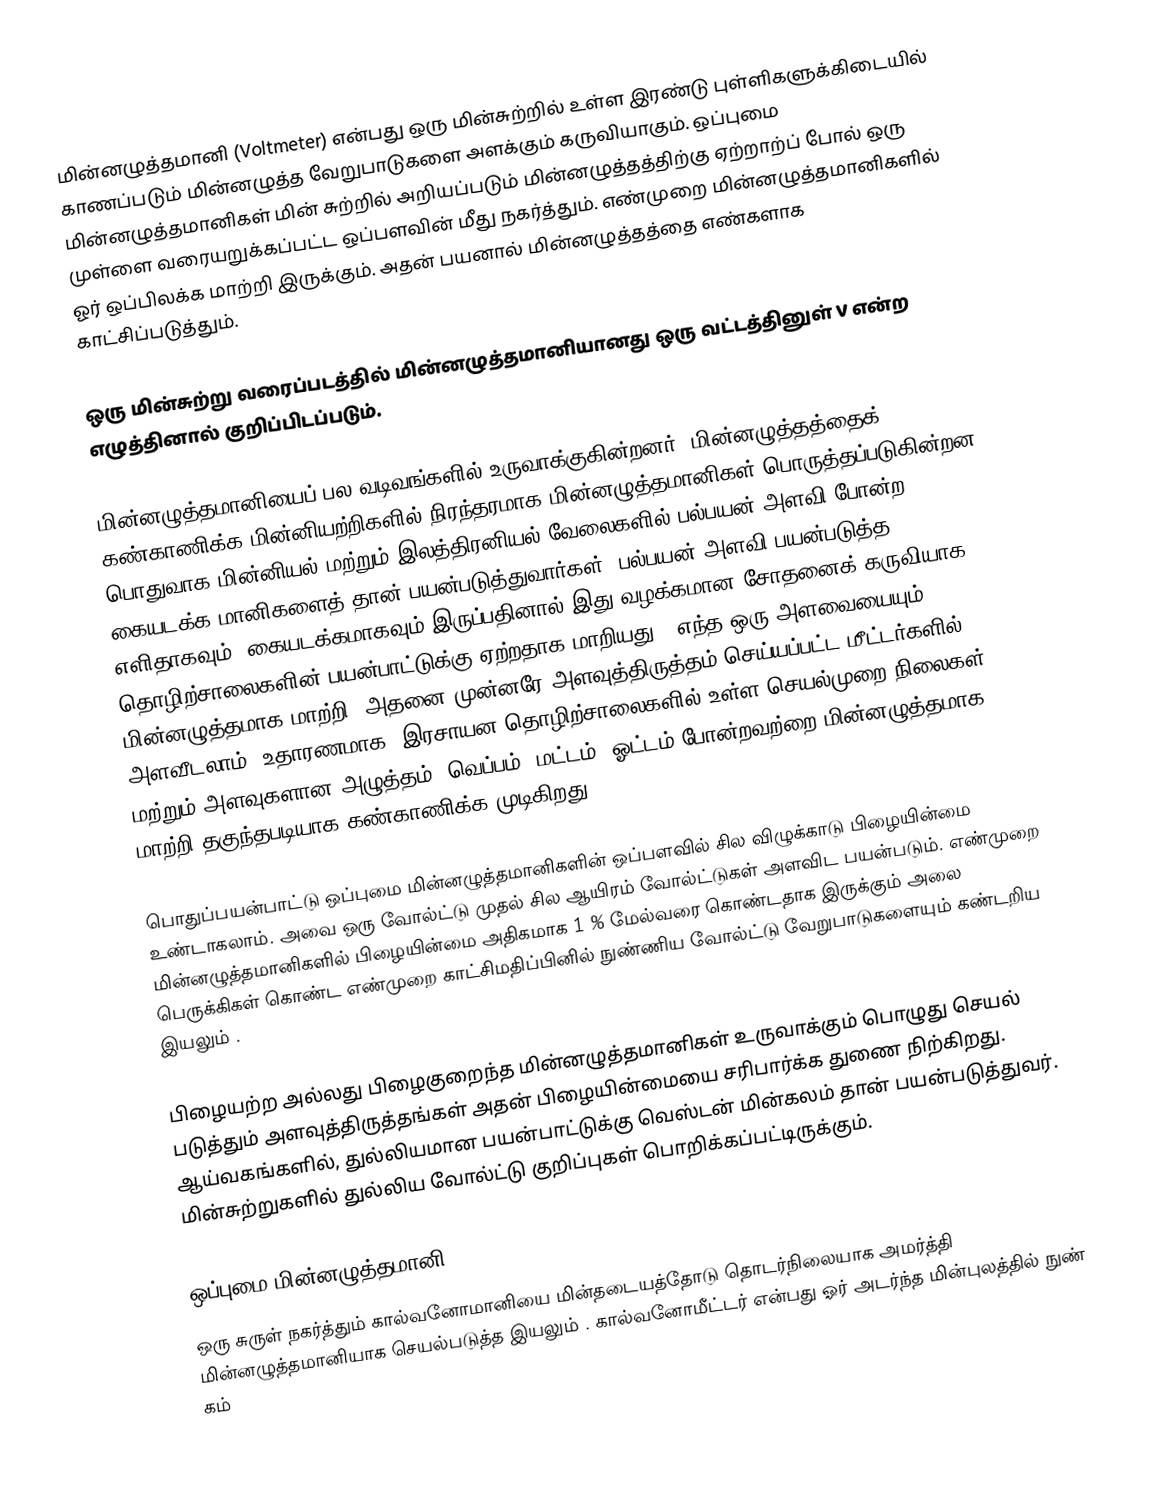
மின்னழுத்தமானி (Voltmeter) என்பது ஒரு மின்சுற்றில் உள்ள இரண்டு புள்ளிகளுக்கிடையில் காணப்படும் மின்னழுத்த வேறுபாடுகளை அளக்கும் கருவியாகும். ஒப்புமை மின்னழுத்தமானிகள் மின் சுற்றில் அறியப்படும் மின்னழுத்தத்திற்கு ஏற்றாற்ப் போல் ஒரு முள்ளை வரையறுக்கப்பட்ட ஒப்பளவின் மீது நகர்த்தும். எண்முறை மின்னழுத்தமானிகளில் ஓர் ஒப்பிலக்க மாற்றி இருக்கும். அதன் பயனால் மின்னழுத்தத்தை எண்களாக காட்சிப்படுத்தும்.

ஒரு மின்சுற்று வரைப்படத்தில் மின்னழுத்தமானியானது ஒரு வட்டத்தினுள் V என்ற எழுத்தினால் குறிப்பிடப்படும்.

மின்னழுத்தமானியைப் பல வடிவங்களில் உருவாக்குகின்றனர். மின்னழுத்தத்தைக் கண்காணிக்க மின்னியற்றிகளில் நிரந்தரமாக மின்னழுத்தமானிகள் பொருத்தப்படுகின்றன. பொதுவாக மின்னியல் மற்றும் இலத்திரனியல் வேலைகளில் பல்பயன் அளவி போன்ற கையடக்க மானிகளைத் தான் பயன்படுத்துவார்கள். பல்பயன் அளவி பயன்படுத்த எளிதாகவும், கையடக்கமாகவும் இருப்பதினால் இது வழக்கமான சோதனைக் கருவியாக தொழிற்சாலைகளின் பயன்பாட்டுக்கு ஏற்றதாக மாறியது . எந்த ஒரு அளவையையும் மின்னழுத்தமாக மாற்றி, அதனை முன்னரே அளவுத்திருத்தம் செய்யப்பட்ட மீட்டர்களில் அளவீடலாம், உதாரணமாக, இரசாயன தொழிற்சாலைகளில் உள்ள செயல்முறை நிலைகள் மற்றும் அளவுகளான அழுத்தம், வெப்பம், மட்டம், ஓட்டம்  போன்றவற்றை மின்னழுத்தமாக மாற்றி தகுந்தபடியாக கண்காணிக்க முடிகிறது.

பொதுப்பயன்பாட்டு ஒப்புமை மின்னழுத்தமானிகளின் ஒப்பளவில் சில விழுக்காடு பிழையின்மை உண்டாகலாம். அவை ஒரு வோல்ட்டு முதல் சில ஆயிரம் வோல்ட்டுகள் அளவிட பயன்படும். எண்முறை மின்னழுத்தமானிகளில் பிழையின்மை அதிகமாக 1 % மேல்வரை கொண்டதாக இருக்கும் அலை பெருக்கிகள் கொண்ட எண்முறை காட்சிமதிப்பினில் நுண்ணிய வோல்ட்டு வேறுபாடுகளையும் கண்டறிய இயலும் .

பிழையற்ற அல்லது பிழைகுறைந்த மின்னழுத்தமானிகள் உருவாக்கும் பொழுது செயல் படுத்தும் அளவுத்திருத்தங்கள் அதன் பிழையின்மையை சரிபார்க்க துணை நிற்கிறது. ஆய்வகங்களில், துல்லியமான பயன்பாட்டுக்கு வெஸ்டன் மின்கலம் தான் பயன்படுத்துவர். மின்சுற்றுகளில் துல்லிய வோல்ட்டு குறிப்புகள் பொறிக்கப்பட்டிருக்கும்.

ஒப்புமை மின்னழுத்தமானி
ஒரு சுருள் நகர்த்தும் கால்வனோமானியை மின்தடையத்தோடு தொடர்நிலையாக அமர்த்தி மின்னழுத்தமானியாக செயல்படுத்த இயலும் . கால்வனோமீட்டர் என்பது ஓர் அடர்ந்த மின்புலத்தில் நுண் கம்